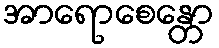
အာရောစေန္တော